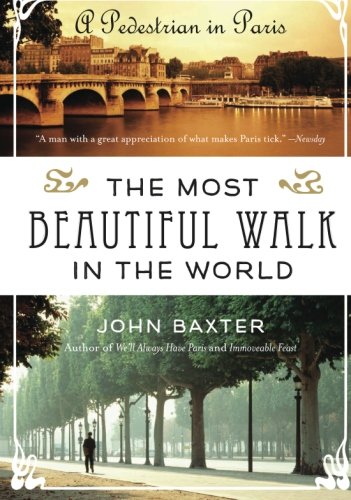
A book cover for The Most Beautiful Walk in the World: A Pedestrian in Paris; John Baxter; Sports & Outdoors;